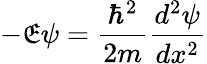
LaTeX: -\mathfrak{E}\psi={\frac{{\hbar^{2}}}{{2m}}}{\frac{{d^{2}\psi}}{{dx^{2}}}}